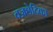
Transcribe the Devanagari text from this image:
वज्रछेदिका